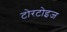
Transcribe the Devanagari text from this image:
टोरटोइज